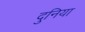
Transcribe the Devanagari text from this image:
दुनिया